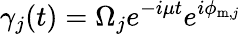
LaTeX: \gamma_{j}(t)=\Omega_{j}e^{-i\mu t}e^{i\phi_{\mathrm{m,\mathit j}}}